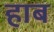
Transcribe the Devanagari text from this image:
हाब